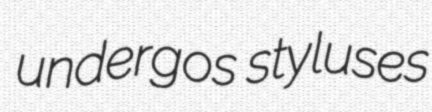
undergos styluses